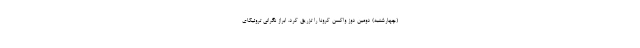
(چهارشنبه) دومین دوز واکسن کرونا را تزریق کرد. ابراز نگرانی تروئیکای